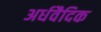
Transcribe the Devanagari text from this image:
अर्धवैदिक